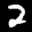
Label: 2